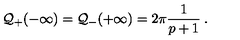
{ \cal Q } _ { + } ( - \infty ) = { \cal Q } _ { - } ( + \infty ) = 2 \pi \frac { 1 } { p + 1 } \: .